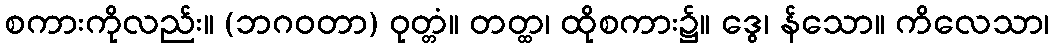
စကားကိုလည်း။ (ဘဂဝတာ) ဝုတ္တံ။ တတ္ထ၊ ထိုစကား၌။ ဒွေ၊ န်သော။ ကိလေသာ၊